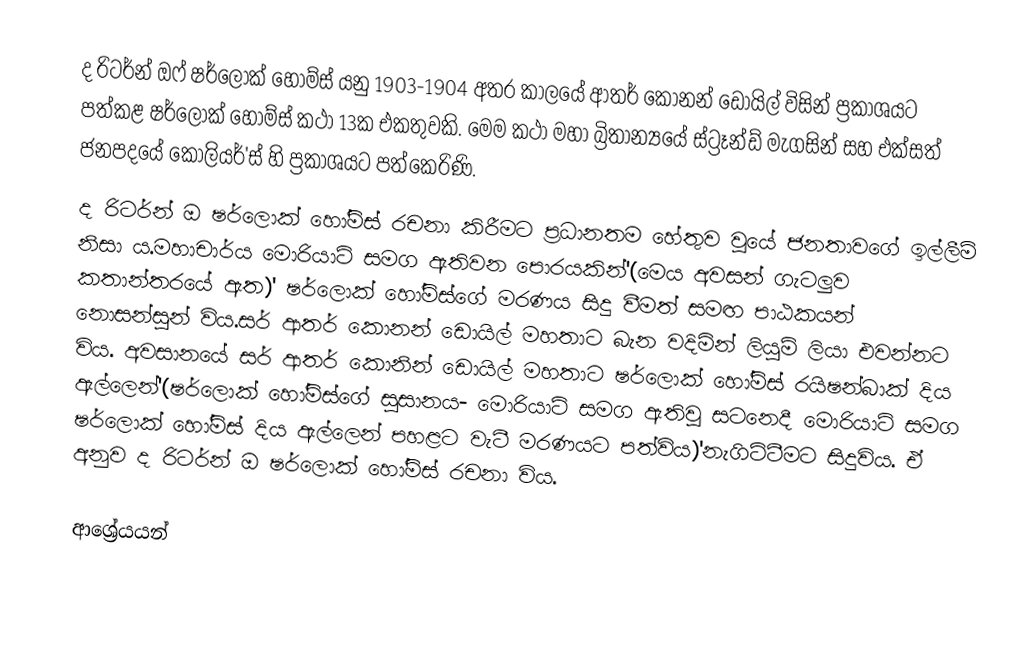
ද රිටර්න් ඔෆ් ෂර්ලොක් හෝම්ස් යනු 1903-1904 අතර කාලයේ ආතර් කොනන් ඩොයිල් විසින් ප්‍රකාශයට පත්කළ ෂර්ලොක් හෝම්ස් කථා 13ක එකතුවකි. මෙම කථා මහා බ්‍රිතාන්‍යයේ ස්ට්‍රෑන්ඩ් මැගසින් සහ එක්සත් ජනපදයේ කොලියර්'ස් හි ප්‍රකාශයට පත්කෙරිණි.
ද රිටර්න් ඔ ෂර්ලොක් හෝම්ස් රචනා කිරීමට ප්‍රධානතම හේතුව වූයේ ජනතාවගේ ඉල්ලීම් නිසා ය.මහාචාර්ය මොරියාටි සමග ඇතිවන පොරයකින්'(මෙය අවසන් ගැටලුව කතාන්තරයේ ඇත)' ෂර්ලොක් හෝම්ස්ගේ මරණය සිදු වීමත් සමඟ පාඨකයන් නොසන්සුන් විය.සර් ආතර් කොනන් ඩොයිල් මහතාට බැන වදිමින් ලියුම් ලියා එවන්නට විය. අවසානයේ සර් ආතර් කොනින් ඩොයිල් මහතාට ෂර්ලොක් හෝම්ස් රයිෂන්බාක් දිය ඇල්ලෙන්'(ෂර්ලොක් හෝම්ස්ගේ සුසානය- මොරියාටි සමග ඇතිවූ සටනෙදී මොරියාටි සමග ෂර්ලොක් හෝම්ස් දිය ඇල්ලෙන් පහළට වැටී මරණයට පත්විය)'නැගිට්ටීමට සිදුවිය. ඒ අනුව ද රිටර්න් ඔ ෂර්ලොක් හෝම්ස් රචනා විය.

ආශ්‍රේයයන්